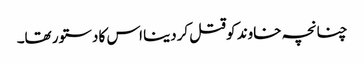
چنانچہ خاوند کوقتل کردینا اس کا دستور تھا۔